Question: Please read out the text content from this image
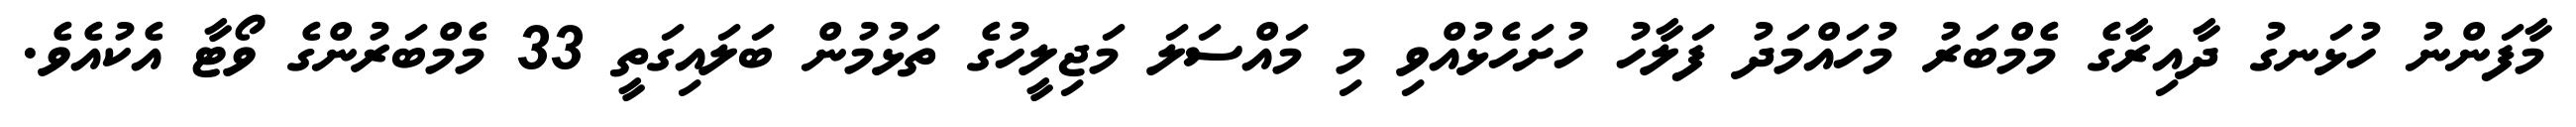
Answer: މާފަންނު ހުޅަނގު ދާއިރާގެ މެމްބަރު މުހައްމަދު ފަލާހު ހުށަހެޅުއްވި މި މައްސަލަ މަޖިލީހުގެ ތަޅުމުން ބަލައިގަތީ 33 މެމްބަރުންގެ ވޯޓާ އެކުއެވެ.